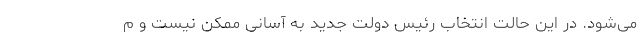
می‌شود. در این حالت انتخاب رئیس ‌دولت جدید به آسانی ممکن نیست و م